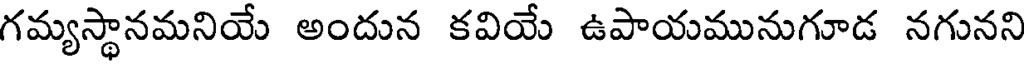
గమ్యస్థానమనియే అందున కవియే ఉపాయమునుగూడ నగునని